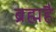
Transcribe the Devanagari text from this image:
ब्रह्महै